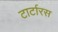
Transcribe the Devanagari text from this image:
टार्टारस